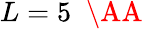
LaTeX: L=5\; \mathrm{~\AA~}